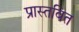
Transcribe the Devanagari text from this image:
प्रास्तवित